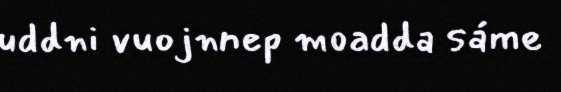
uddni vuojnnep moadda sáme